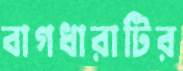
বাগধারাটির